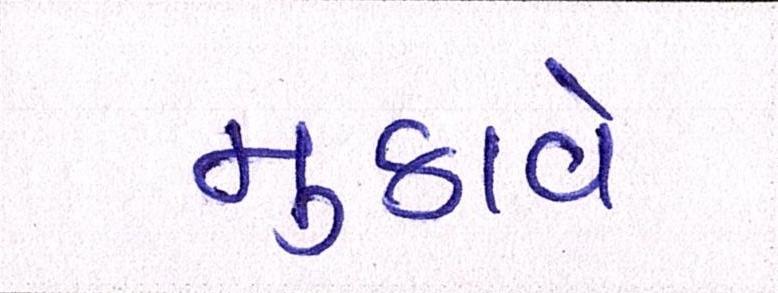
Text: મુકાવે